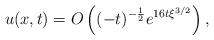
LaTeX: \begin{align*} u(x,t)=O\left((-t)^{-\frac{1}{2}}e^{16t\xi^{3/2}}\right), \end{align*}